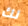
لك